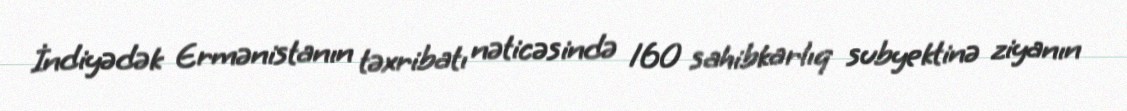
İndiyədək Ermənistanın təxribatı nəticəsində 160 sahibkarlıq subyektinə ziyanın